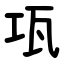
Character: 瓨